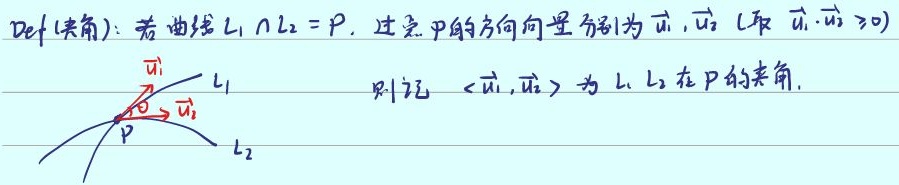
**定义（夹角）**：若曲线 \(L_1\cap L_2 = P\)，过点 \(P\) 的方向向量分别为 \(\vec{u}_1,\vec{u}_2\) （取 \(\vec{u}_1\cdot\vec{u}_2 \geq 0\)），则记 \(\langle\vec{u}_1,\vec{u}_2\rangle\) 为 \(L_1,L_2\) 在 \(P\) 点的夹角。